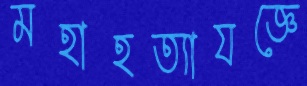
মহাহত্যাযজ্ঞে